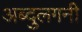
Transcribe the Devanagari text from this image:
अब्दुलगनी